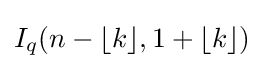
I_{q}(n-\lfloor k\rfloor ,1+\lfloor k\rfloor )